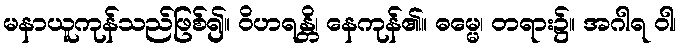
မနာယူကုန်သည်ဖြစ်၍။ ဝိဟရန္တိ၊ နေကုန်၏။ ဓမ္မေ၊ တရား၌။ အဂါရ ဝါ၊